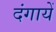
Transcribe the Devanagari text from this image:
दंगायें